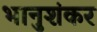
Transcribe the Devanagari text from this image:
भानुशंकर